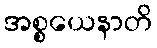
အစ္စယေနာတိ